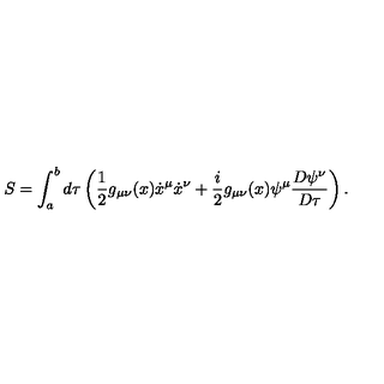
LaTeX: S = \int _ { a } ^ { b } d \tau \left( { \frac { 1 } { 2 } } g _ { \mu \nu } ( x ) \dot { x } ^ { \mu } \dot { x } ^ { \nu } + { \frac { i } { 2 } } g _ { \mu \nu } ( x ) \psi ^ { \mu } { \frac { D \psi ^ { \nu } } { D \tau } } \right) .